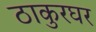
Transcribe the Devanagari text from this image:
ठाकुरघर